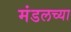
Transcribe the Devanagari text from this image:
मंडलच्या